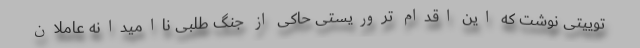
توییتی نوشت که این اقدام تروریستی حاکی از جنگ طلبی ناامیدانه عاملان